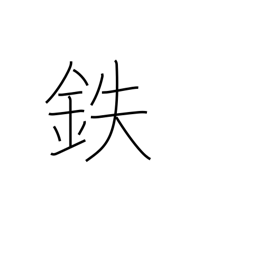
Meaning: iron